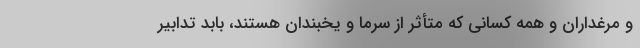
و مرغداران و همه کسانی که متأثر از سرما و یخبندان هستند، بابد تدابیر